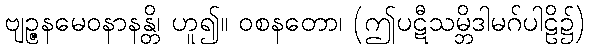
ဗျဉ္ဇနမေဝနာနန္တိ၊ ဟူ၍။ ဝစနတော၊ (ဤပဋီသမ္ဘိဒါမဂ်ပါဠိ၌)